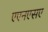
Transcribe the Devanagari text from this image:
एएनएसए